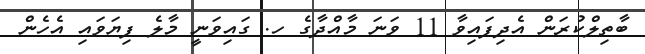
ބާތިލްކުރަން އެދިފައިވާ 11 ވަނަ މާއްދާގެ ހ. ގައިވަނީ މާލެ ފިޔަވައި އެހެން